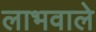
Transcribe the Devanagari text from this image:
लाभवाले